Vaccination United Provinces of Agra and Oudh 1923-1928 - 1923-1928
Year: 1923
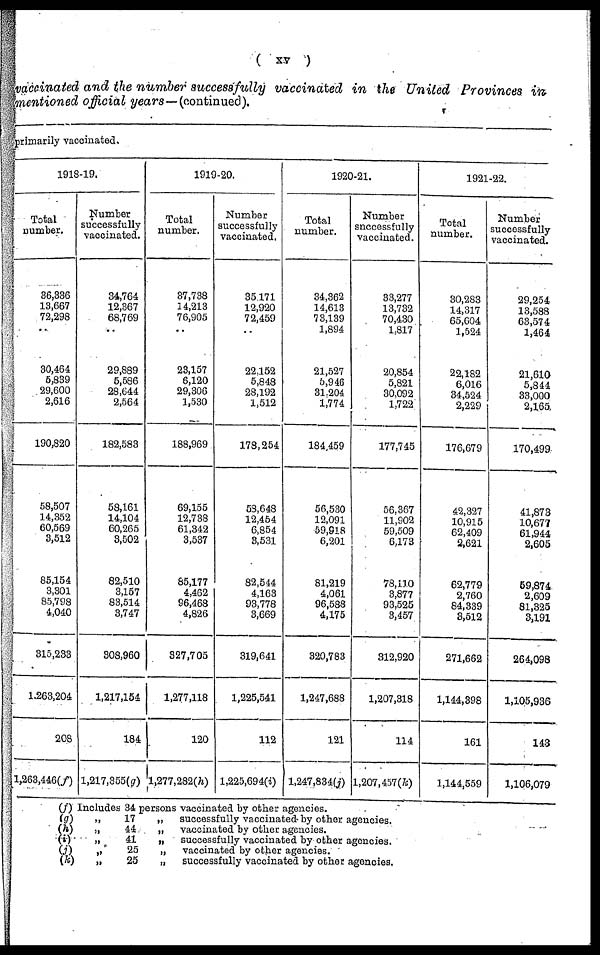
( xv )
vaccinated and the number successfully vaccinated in the United Provinces in-
mentioned official years—(continued).
primarily vaccinated.
1918-19.
Total
number.
36,336
13,667
72,298
..
30,464
5,839
29,600
2,616
190,820
58,507
14,352
60,569
3,512
85,154
3,301
85,798
4,040
315,233
1,263,204
208
1,263,446(f)
Number
successfully
vaccinated.
34,764
12,367
68,769
..
29,889
5,586
28,644
2,564
182,583
58,161
14,104
60,265
3,502
82,510
3,157
83,514
3,747
308,960
1,217,154
184
1,217,355(g)
1919-20.
Total
number.
37,738
14,213
76,905
..
23,157
6,120
29,306
1,530
188,969
69,155
12,738
61,342
3,537
65,177
4,462
96,468
4,826
327,705
1,277,118
120
1,277,282(h)
Number
successfully
vaccinated.
35,171
12,920
72,459
..
22,152
5,848
28,192
1,512
178,254
58,648
12,454
6,854
3,531
82,544
4,163
93,778
3,669
319,641
1,225,541
112
1,225,694(i)
1920-21.
Total
number.
34,362
14,613
73,139
1,894
21,527
5,946
31,204
1,774
184,459
56,530
12,091
59,918
6,201
81,219
4,061
96,588
4,175
320,783
1,247,688
121
1,247,834(j)
Number
successfully
vaccinated.
33,277
13,732
70,430
1,817
20,854
5,821
30,092
1,722
177,745
56,367
11,902
59,509
6,173
78,110
3,877
93,525
3,457
312,920
1,207,318
114
1,207,457(k)
1921-22.
Total
number.
30,283
14,317
65,604
1,524
22,182
6,016
34,524
2,229
176,679
42,327
10,915
62,409
2,621
62,779
2,760
84,339
3,512
271,662
1,144,398
161
1,144,559
Number
successfully
vaccinated.
29,254
13,588
63,574
1,464
21,610
5,844
33,000
2,165
170,499
41,873
10,677
61,944
2,605
59,874
2,609
81,325
3,191
264,098
1,105,936
143
1,106,079
(f) Includes 34 persons vaccinated by other agencies.
(g)
„
17
„
successfully vaccinated-by other agencies.
(h)
„
44
„
vaccinated by other agencies.
(i)
„
41
„
successfully vaccinated by other agencies.
(j)
„
25
„
vaccinated by other agencies.
(k)
„
25
„
successfully vaccinated by other agencies.